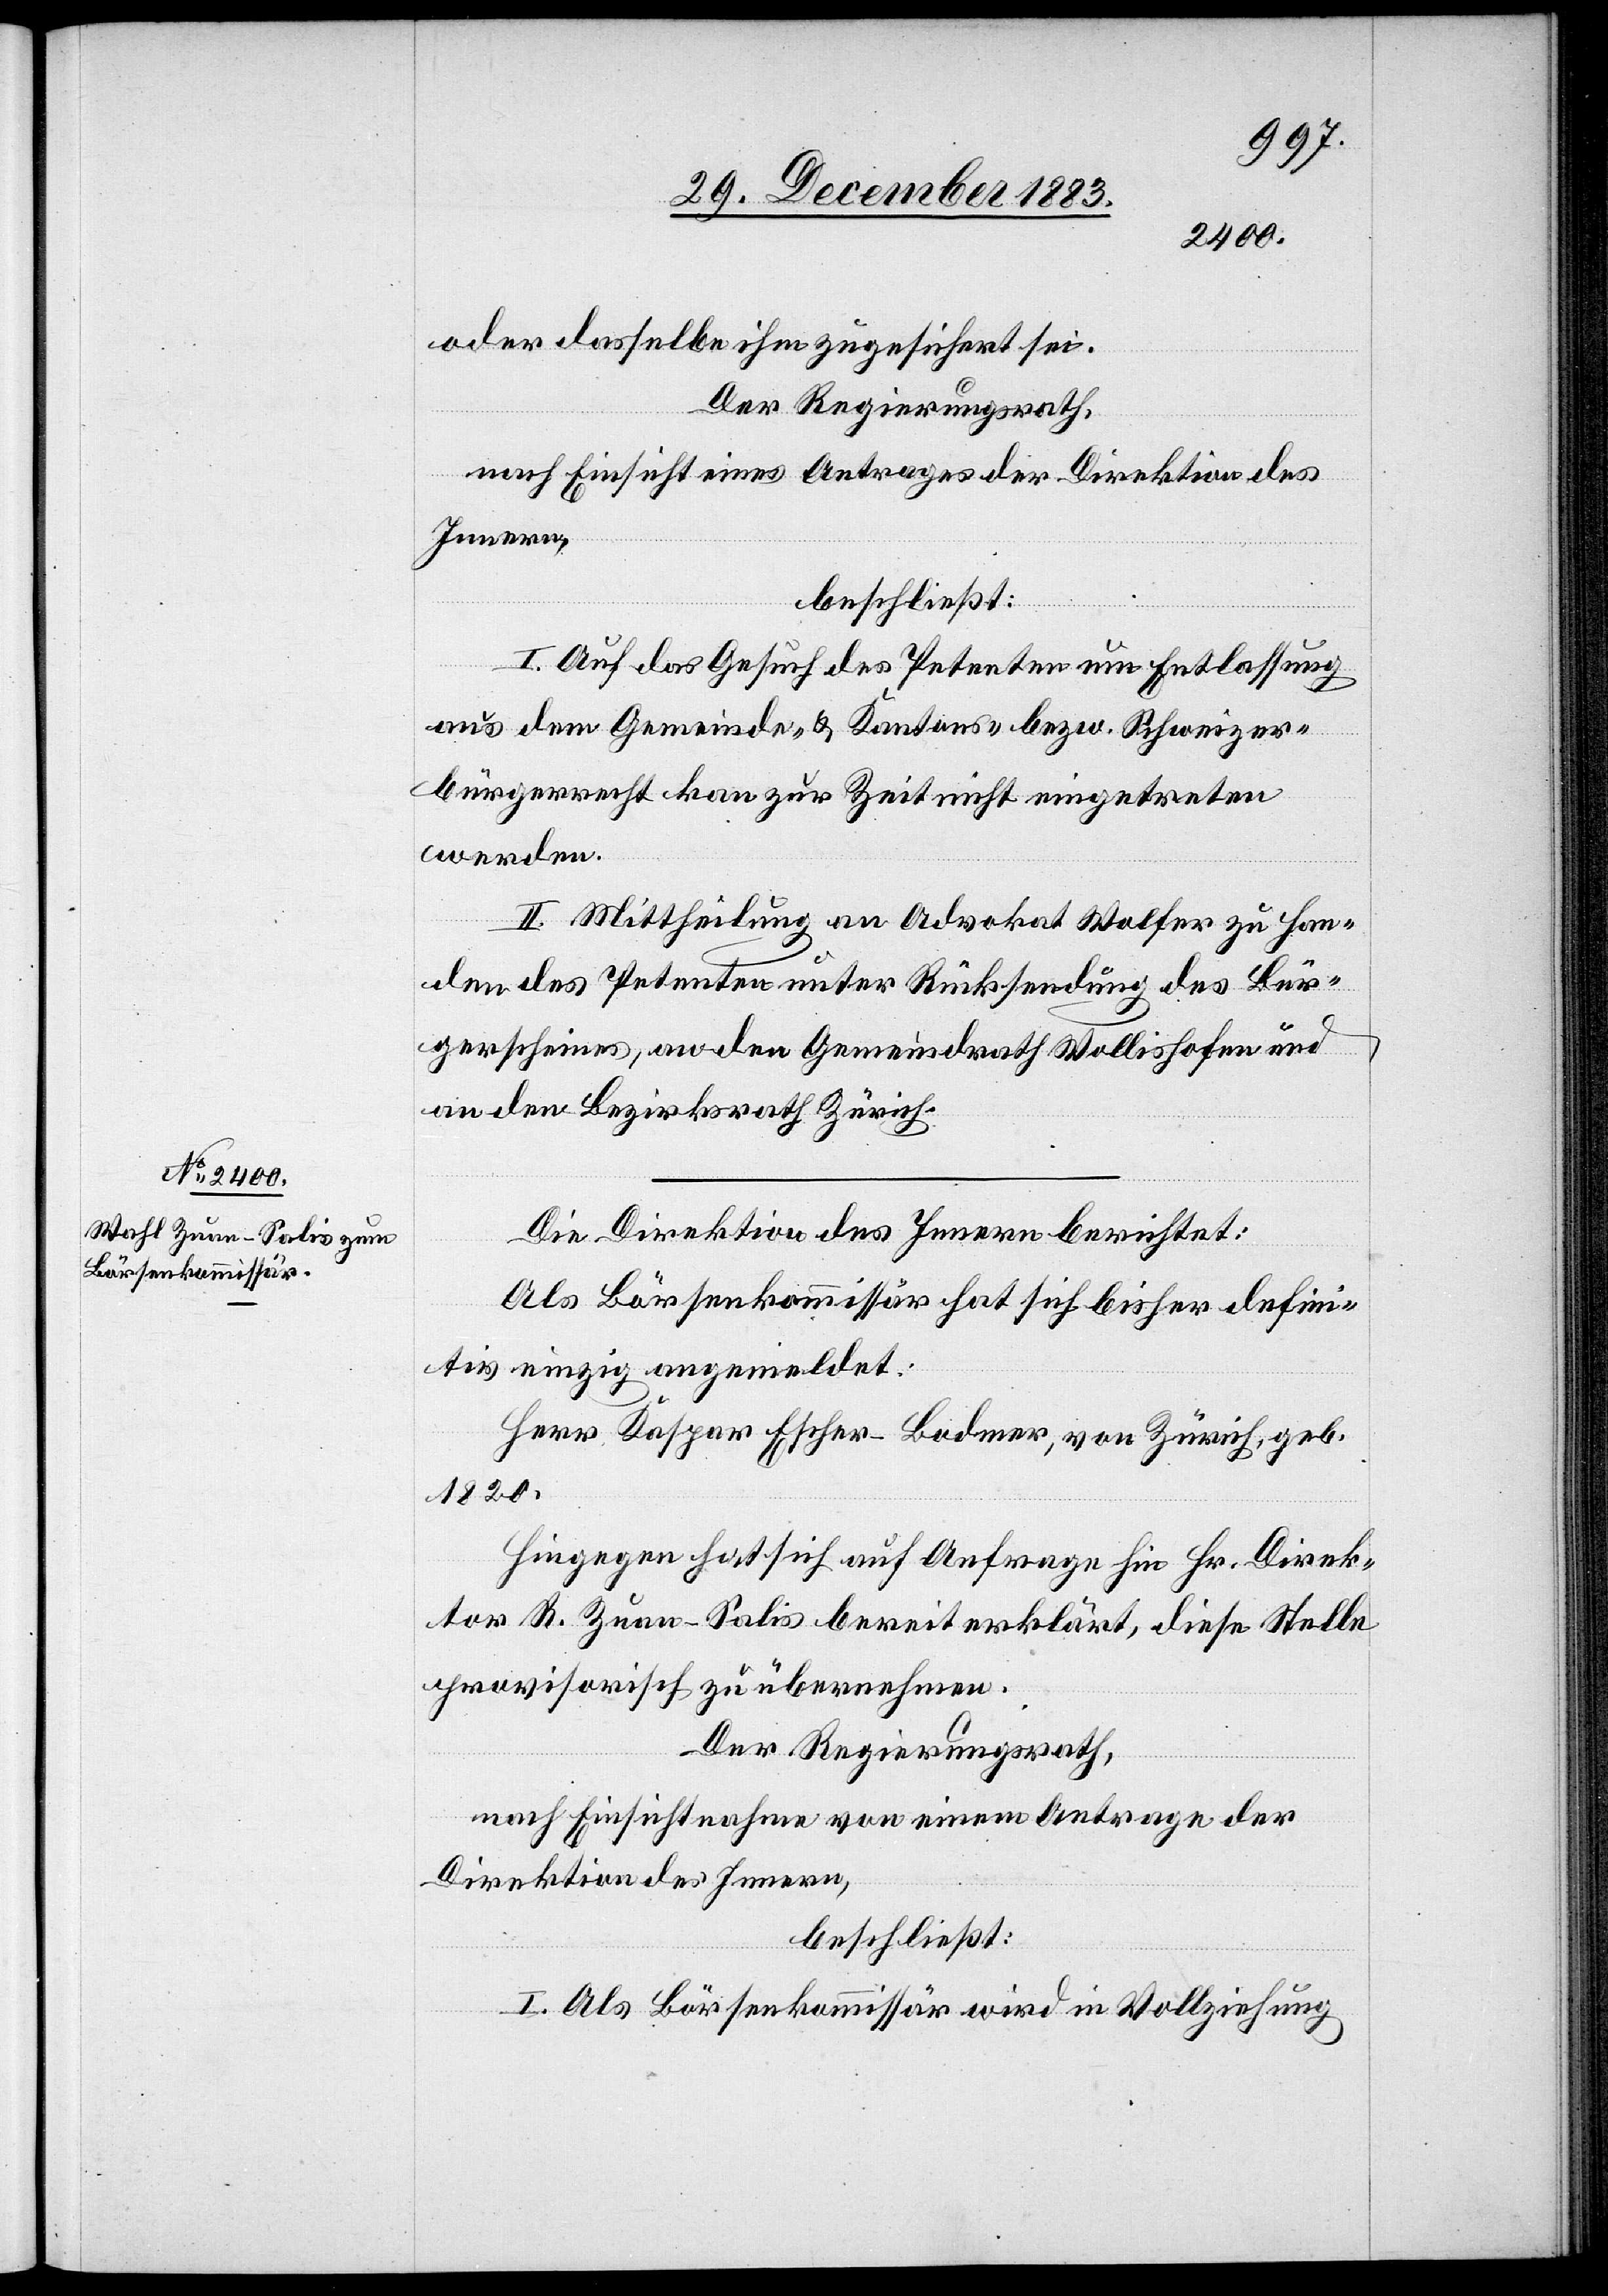
oder dasselbe ihm zugesichert sei.
Der Regierungsrath,
nach Einsicht eines Antrages der Direktion des
Innern,
beschließt:
I. Auf das Gesuch des Petenten um Entlassung
aus dem Gemeinde- & Kantons- bzw. Schweizer¬
bürgerrecht kan[n] zur Zeit nicht eingetreten
werden.
II. Mittheilung an Advokat Wolfer zu Han¬
den des Petenten unter Rücksendung des Bür¬
gerscheines, an den Gemeindrath Wollishofen und
an den Bezirksrath Zürich.
Die Direktion des Innern berichtet:
Als Börsenkommissär hat sich bisher defini¬
tiv einzig gemeldet:
Herr Kaspar Escher-Bodmer, von Zürich, geb.
1820.
Hingegen hat sich auf Anfrage hin Hr. Direk¬
tor R. Zuan-Salis bereit erklärt, diese Stelle
provisorisch zu übernehmen.
Der Regierungsrath,
nach Einsichtnahme von einem Antrage der
Direktion des Innern,
beschließt:
I. Als Börsenkommissär wird in Vollziehung